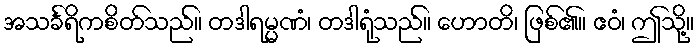
အသင်္ခရိကစိတ်သည်။ တဒါရမ္မဏံ၊ တဒါရုံသည်။ ဟောတိ၊ ဖြစ်၏။ ဧဝံ၊ ဤသို့။